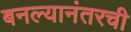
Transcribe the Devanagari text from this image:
बनल्यानंतरची